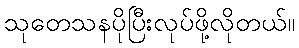
သုတေသနပိုပြီးလုပ်ဖို့လိုတယ်။